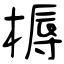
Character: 槈